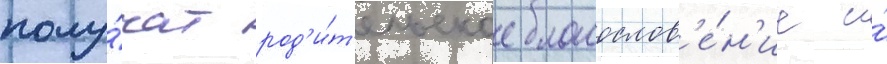
полу́чат род'и́т'ельское благослов'е́н'ие и́